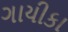
ગાયીકા